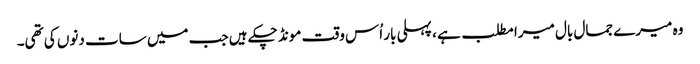
وہ میرے جمال بال میرا مطلب ہے ، پہلی بار اُس وقت مونڈ چکے ہیں جب میں سات دنوں کی تھی۔